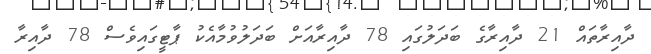
ދާއިރާތައް 21 ދާއިރާގެ ބަދަލުގައި 78 ދާއިރާއަށް ބަދަލުވުމާއެކު ޕާޓީގައިވެސް 78 ދާއިރާ